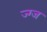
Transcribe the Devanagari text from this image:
ज्ग्ज